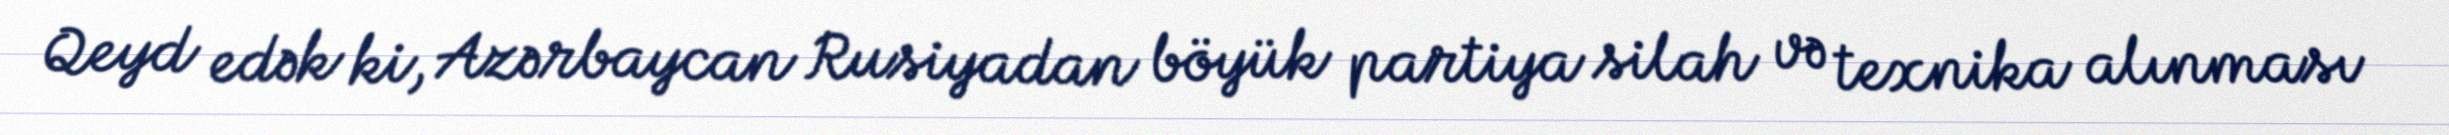
Qeyd edək ki, Azərbaycan Rusiyadan böyük partiya silah və texnika alınması